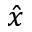
\hat { x }